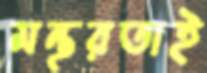
মন্থরতাই